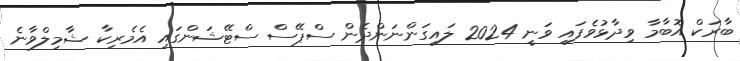
ބާރަކް އޮބާމާ ވިދާޅުވެފައި ވަނީ 2024 ލައިގަންނަންދެން ސްޕޭސް ސްޓޭޝަންގައި އެމެރިކާ ޝާމިލްވާނެ